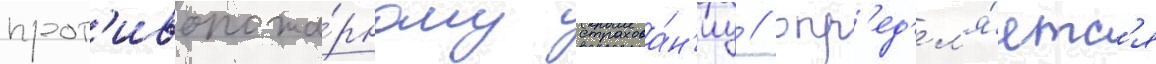
прот'ивопожа́рному страхова́н'иу / опр'ед'ел'я́етс'я